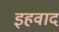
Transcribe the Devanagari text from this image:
इहवाद